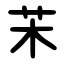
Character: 㭉